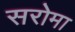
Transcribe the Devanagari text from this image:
सरोमा